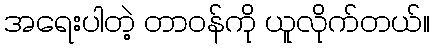
အရေးပါတဲ့ တာဝန်ကို ယူလိုက်တယ်။